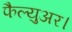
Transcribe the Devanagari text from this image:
फैल्युअर।